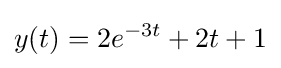
y(t)=2e^{-3t}+2t+1